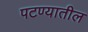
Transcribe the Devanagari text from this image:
पटण्यातील